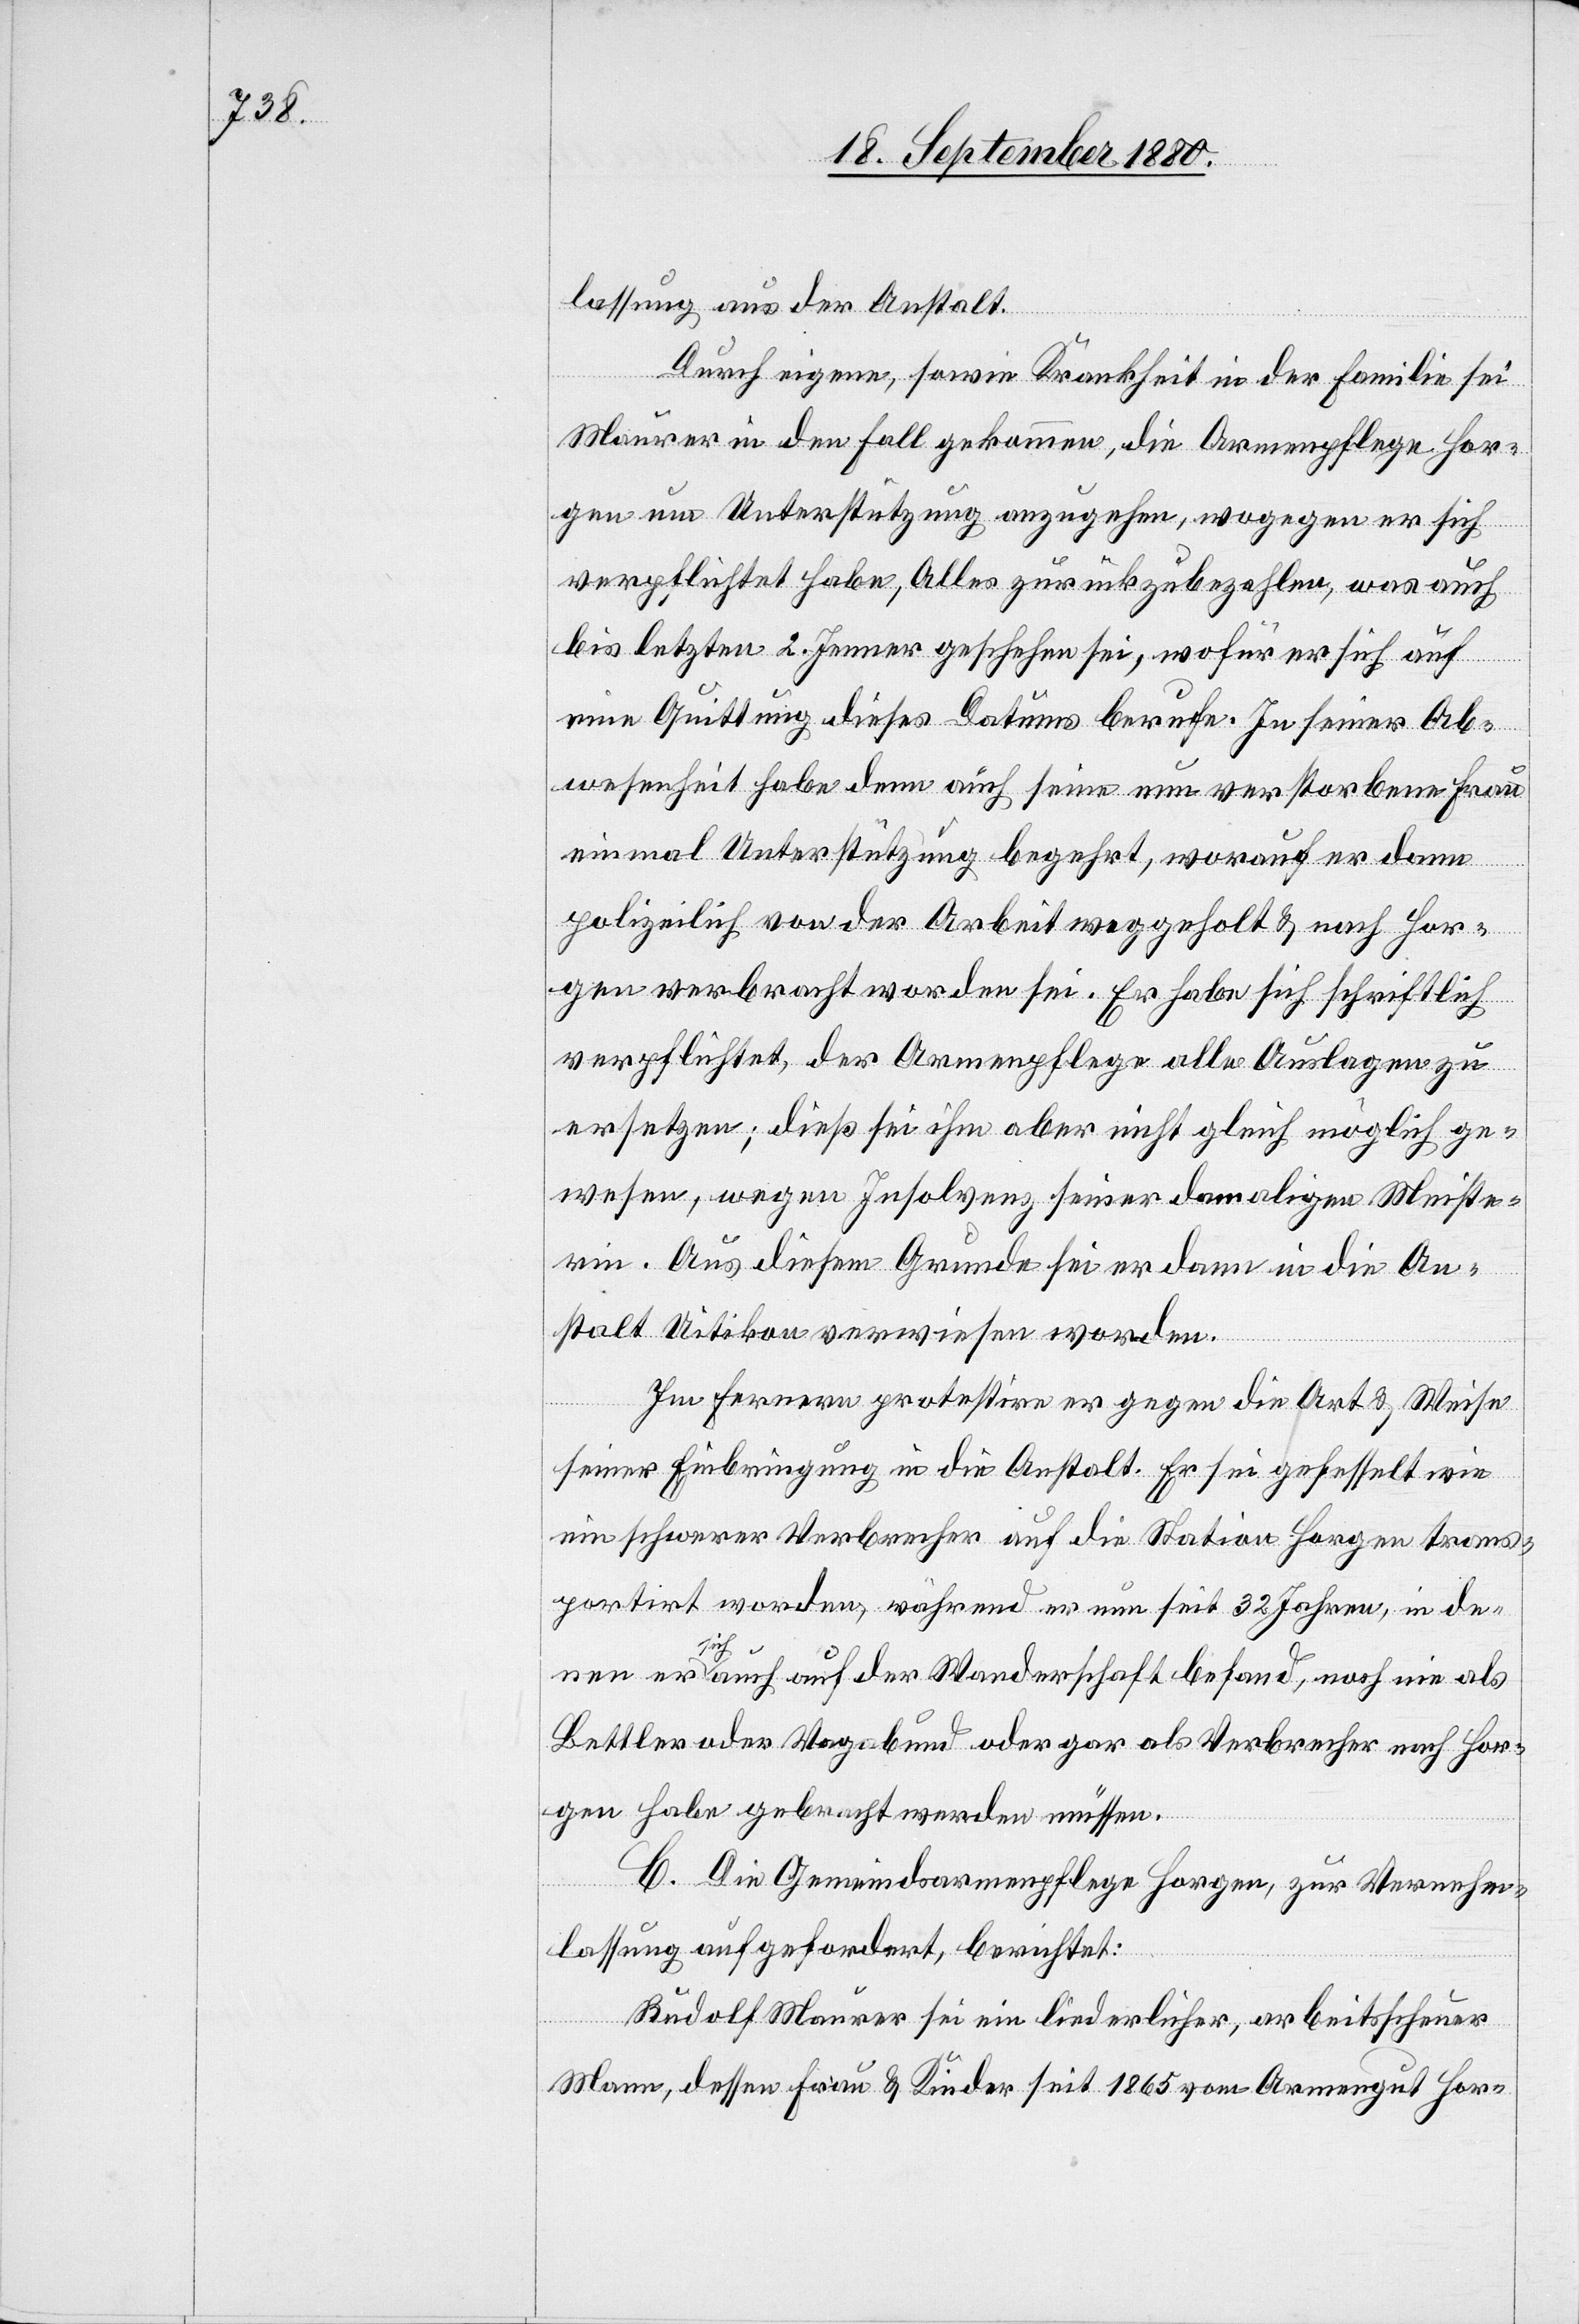
lassung aus der Anstalt.
Durch eigene, sowie Krankheit in der Familie sei
Maurer in den Fall gekommen, die Armenpflege Hor¬
gen um Unterstützung anzugehen, wogegen er sich
verpflichtet habe, Alles zurückzubezahlen, was auch
bis letzten 2. Jenner geschehen sei, wofür er sich auf
eine Quittung dieses Datums berufe. In seiner Ab¬
wesenheit habe denn auch seine nun verstorbene Frau
einmal Unterstützung begehrt, worauf er dann
polizeilich von der Arbeit weggeholt & nach Hor¬
gen verbracht worden sei. Er habe sich schriftlich
verpflichtet, der Armenpflege alle Auslagen zu
ersetzen; dieß sei ihm aber nicht gleich möglich ge¬
wesen, wegen Insolvenz seiner damaligen Meiste¬
rin. Aus diesem Grunde sei er dann in die An¬
stalt Uitikon verwiesen worden.
Im Fernern protestire er gegen die Art & Weise
seiner Einbringung in die Anstalt. Er sei gefesselt wie
ein schwerer Verbrecher auf die Station Horgen trans¬
portirt worden, während er nun seit 32 Jahren, in de¬
nen er sich auch auf der Wanderschaft befand, noch nie als
Bettler oder Vagabund oder gar als Verbrecher nach Hor¬
gen habe gebracht werden müssen.
C. Die Gemeindsarmenpflege Horgen, zur Vernehm¬
lassung aufgefordert, berichtet:
Rudolf Maurer sei ein liederlicher, arbeitsscheuer
Mann, dessen Frau & Kinder seit 1865 vom Armengut Hor-